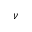
\nu